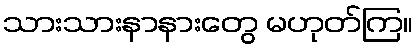
သားသားနာနားတွေ မဟုတ်ကြ။